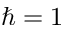
\hbar = 1